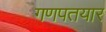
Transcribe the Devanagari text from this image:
गणपतयार